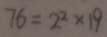
7 6 = 2 ^ { 2 } \times 1 9